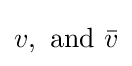
v,\ \mathrm {and} \ {\bar {v}}